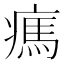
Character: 㾺